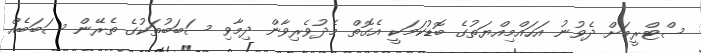
ސްޓްރީމަށް ދެވުނު އަހައްމިއްޔަތުގެ ބޮޑުކަމަކީ އެގޮތް މެދުވެރިވާން ދިމާވި ސަބަބުތަކުގެ ތެރޭން ސަބަބެއް